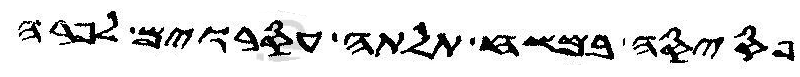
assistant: פסיסה במשח תלתה עסורים לפרה